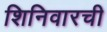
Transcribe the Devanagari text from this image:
शिनिवारची